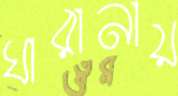
ঘারানায়